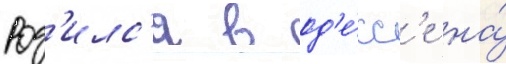
Род'илс'я в од'е́сс'е на́